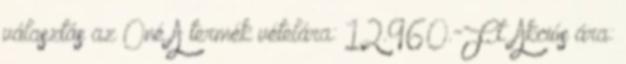
választás az Öné A termék vételára: 12.960.-Ft. Akciós ára: